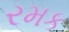
રમક